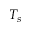
T _ { s }